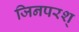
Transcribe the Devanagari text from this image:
जिनपरश्